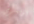
أوامري